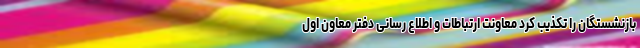
بازنشستگان را تکذیب کرد معاونت ارتباطات و اطلاع رسانی دفتر معاون اول